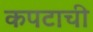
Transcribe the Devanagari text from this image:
कपटाची